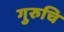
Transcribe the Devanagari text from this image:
गुरुचि